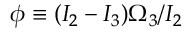
\phi \equiv ( I _ { 2 } - I _ { 3 } ) \Omega _ { 3 } / I _ { 2 }